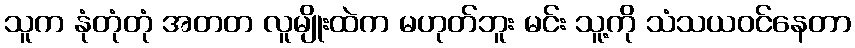
သူက နုံတုံတုံ အတတ လူမျိုးထဲက မဟုတ်ဘူး မင်း သူ့ကို သံသယဝင်နေတာ